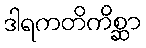
ဒါရကတိကိစ္ဆာ